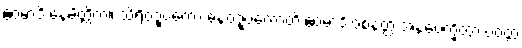
ဧဝမာဒိ နေမိတ္တိကံ။ သိရိဝဍ္ဎကော ဓနဝဍ္ဎကောတိ ဧဝမာဒိ ဝစနတ္ထံ အနပေက္ခိတွာ ပဝတ္တံ